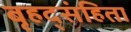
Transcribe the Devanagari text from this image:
बृहद्संहिता